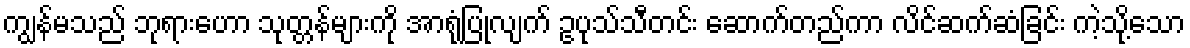
ကျွန်မသည် ဘုရားဟော သုတ္တန်များကို အာရုံပြုလျက် ဥပုသ်သီတင်း ဆောက်တည်ကာ လိင်ဆက်ဆံခြင်း ကဲ့သို့သော